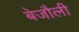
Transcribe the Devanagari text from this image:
बेजौली